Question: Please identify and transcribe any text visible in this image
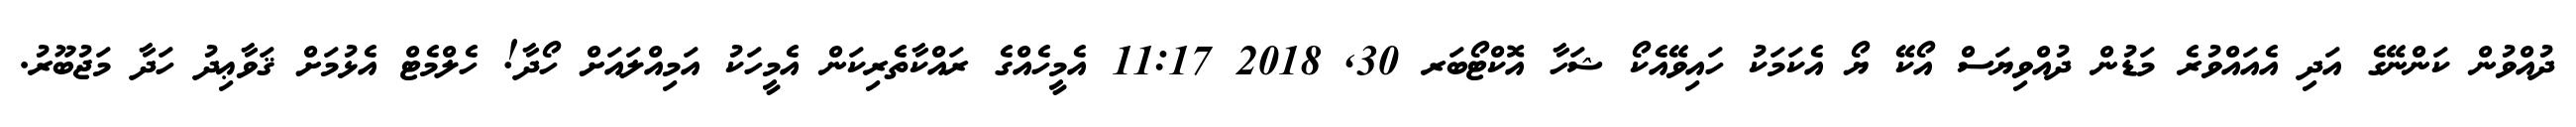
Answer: ދުއްވުން ކަންނޭގެ އަދި އެއައްވުރެ މަޑުން ދުއްވިޔަސް އޯކޭ ޔޯ އެކަމަކު ހައިވޭއެކޯ ޝަހާ އޮކްޓޯބަރ 30, 2018 11:17 އެމީހެއްގެ ރައްކާތެރިކަން އެމީހަކު އަމިއްލައަށް ހޯދާ! ހެލްމެޓް އެޅުމަށް ޤަވާޢިދު ހަދާ މަޖުބޫރު.